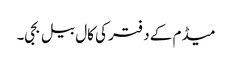
میڈم کے دفتر کی کال بیل بجی۔